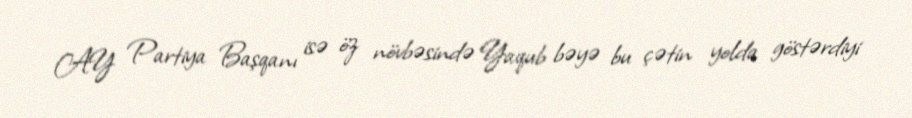
AY Partiya Başqanı isə öz növbəsində Yaqub bəyə bu çətin yolda göstərdiyi